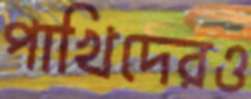
পাখিদেরও